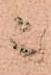
ニ